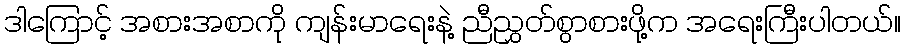
ဒါကြောင့် အစားအစာကို ကျန်းမာရေးနဲ့ ညီညွှတ်စွာစားဖို့က အရေးကြီးပါတယ်။